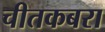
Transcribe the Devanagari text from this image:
चीतकबरा